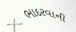
ભાદરવાની